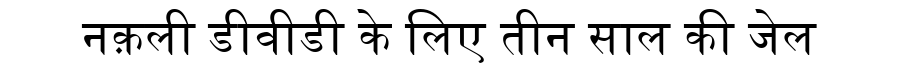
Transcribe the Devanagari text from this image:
नक़ली डीवीडी के लिए तीन साल की जेल